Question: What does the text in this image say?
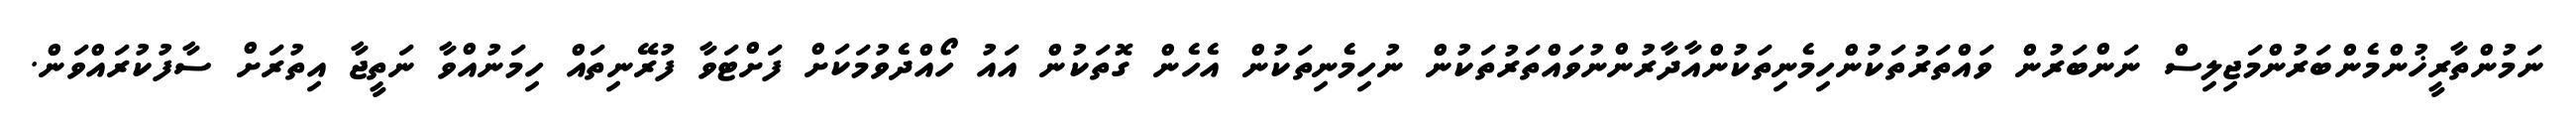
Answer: ނަމުންތާރީޚުންމެންބަރުންމަޖިލިސް ނަންބަރުން ވައްތަރުތަކުންހިމެނިތަކުންއާދާރުންނުވައްތަރުތަކުން ނުހިމެނިތަކުން އެހެން ގޮތަކުން އައު ހޯއްދެވުމަކަށް ފަށްޓަވާ ފުރޭނިތައް ހިމަނުއްވާ ނަތީޖާ އިތުރަށް ސާފުކުރައްވަން.